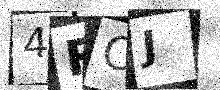
Text: 4RCJ